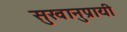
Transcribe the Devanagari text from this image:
सुखानुप्रायी